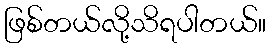
ဖြစ်တယ်လို့သိရပါတယ်။